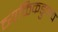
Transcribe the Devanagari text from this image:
व्यक्तिकडुनच